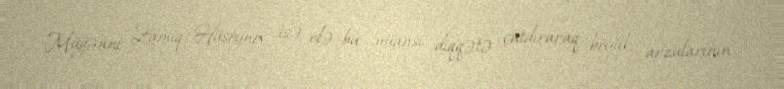
Müğənni Zamiq Hüseynov isə elə bu nüansı diqqətə çatdıraraq, böyük arzularının